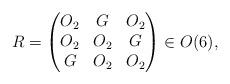
LaTeX: \begin{align*} R = \begin{pmatrix} O_{2} & G & O_{2} \\ O_{2} & O_{2} & G \\ G & O_{2} & O_{2} \end{pmatrix} \in O(6), \end{align*}